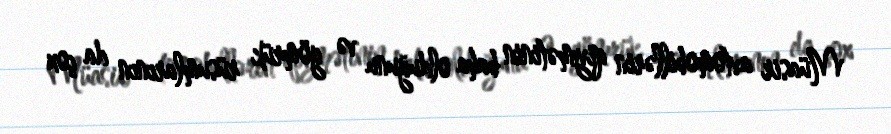
Müasir avtomobillərin qiymətinin baha olduğunu və gömrük rüsumlarının da çox